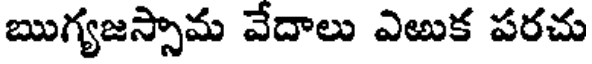
ఋగ్యజస్సామ వేదాలు ఎఱుక పరచు